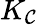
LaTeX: K_{\mathcal{C}}